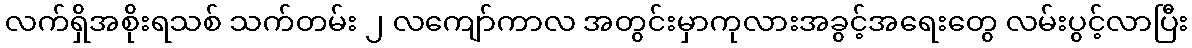
လက်ရှိအစိုးရသစ် သက်တမ်း ၂ လကျော်ကာလ အတွင်းမှာကုလားအခွင့်အရေးတွေ လမ်းပွင့်လာပြီး